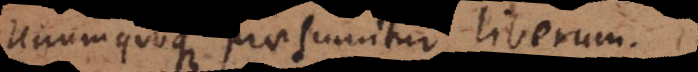
Unumquodque praesumitur liberum.